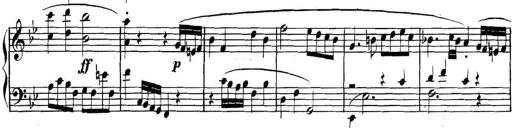
Title: Collected Piano Sonatas
Composer: Muzio Clementi